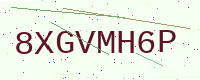
Text: 8XGVMH6P